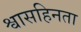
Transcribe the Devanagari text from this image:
श्वासहिनता